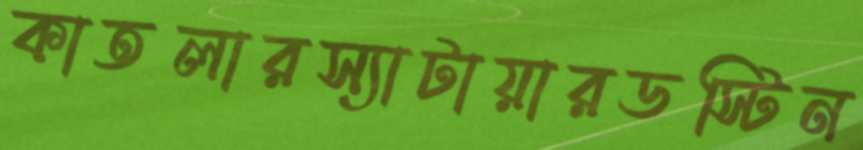
কাতলারস্যাটায়ারডস্টিন